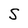
Character: S